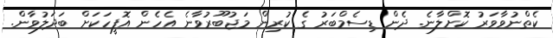
ކެތްނުވާވަރު ކޮށްލާނެ. ދެން ޑިސެމްބަރު ގެ ކުރިން މަޖުބޫރުވާނެ އެހެން އޮފީހަކަށް ބަދަލުވާން.